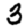
Digit: 3